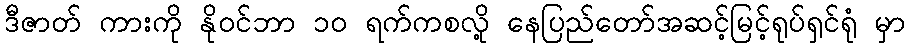
ဒီဇာတ် ကားကို နိုဝင်ဘာ ၁၀ ရက်ကစလို့ နေပြည်တော်အဆင့်မြင့်ရုပ်ရှင်ရုံ မှာ